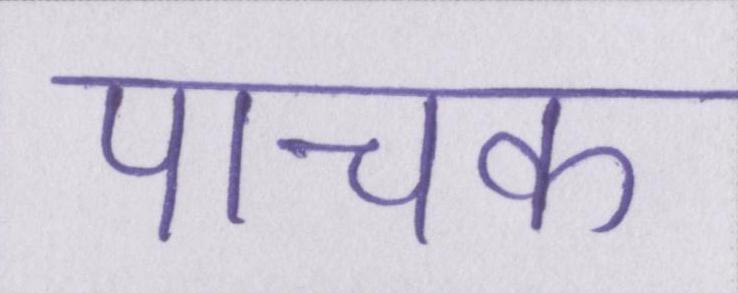
पाचक